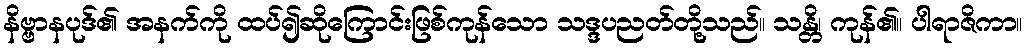
နိဗ္ဗာနပုဒ်၏ အနက်ကို ထပ်၍ဆိုကြောင်းဖြစ်ကုန်သော သဒ္ဒပညတ်တို့သည်။ သန္တိ၊ ကုန်၏။ ပါရာဇိကာ။